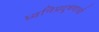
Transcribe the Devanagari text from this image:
ध्वनिप्रदूषणाची